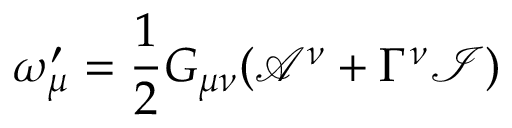
\omega _ { \mu } ^ { \prime } = \frac { 1 } { 2 } G _ { \mu \nu } ( \mathcal { A } ^ { \nu } + \Gamma ^ { \nu } \mathcal { I } )